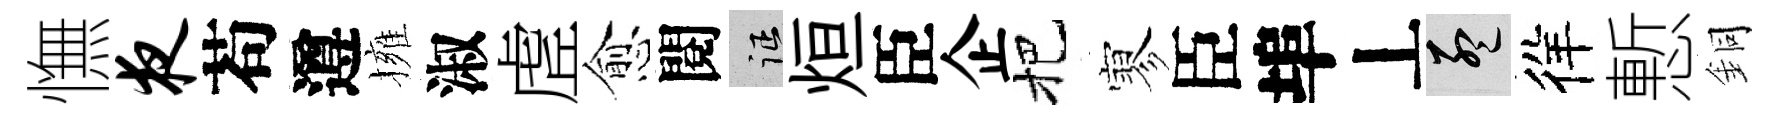
憮夜苟遵擁淑虗愈閱征烜臣企把寥臣埠丄孟徉慙銅